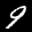
Label: 9